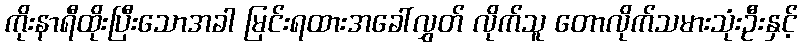
ကိုးနာရီထိုးပြီးသောအခါ မြင်းရထားအခေါ်လွှတ် လိုက်သူ တောလိုက်သမားသုံးဦးနှင့်